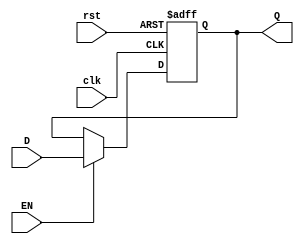
module factorial_reg #(parameter DATA_WIDTH = 32)(
    input [DATA_WIDTH-1:0] D,
    input EN, clk, rst,
    output [DATA_WIDTH-1:0] Q
    );
    
    reg [DATA_WIDTH-1:0] data;
    
    always @ (posedge clk, posedge rst) begin
        if(rst) data <= 0;
        else if(EN) data <= D;
        else data = data;
    end
    
    assign Q = data;
endmodule